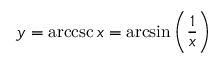
y = \operatorname { a r c c s c } x = \arcsin \left( { \frac { 1 } { x } } \right)